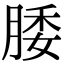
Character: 腇